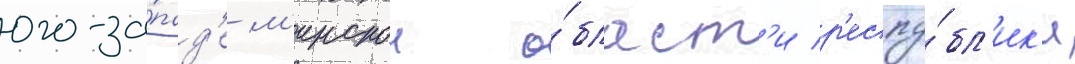
юго-за́пад'е м'инскои о́бласт'и р'еспу́бл'ик'и